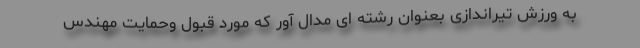
به ورزش تیراندازی بعنوان رشته ای مدال آور که مورد قبول وحمایت مهندس